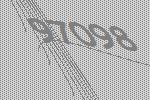
97098